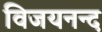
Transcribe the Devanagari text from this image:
विजयनन्द